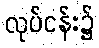
လုပ်ငန်း၌